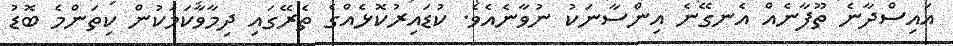
އައިސްދާނެ ތޫފާނެއް އެނގޭނެ އިންސާނަކު ނުވާނެއެވެ. ކުޑައިރުކޮޅެއްގެ ތެރޭގައި ދިމާވާކަމަކުން ކިތަންމެ ބޮޑު